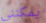
يمكنني